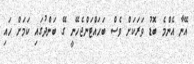
އޭނާ އެންމެ ބޮޑު ވަރަކަށް ވެސް ބަހައްޓަންޖެހޭނީ ގޭ ބަންދުގައި ކަމަށް ހައި